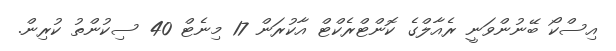
އިސްކޯ ބޭނުންވަނީ ރެއާލްގެ ކޮންޓްރެކްޓް އާކުރަން 17 މިނެޓް 40 ސިކުންތު ކުރިން.